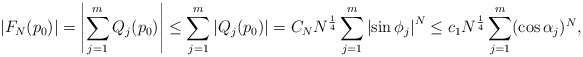
\begin{align*}|F_N(p_0)|=\left|\sum_{j=1}^mQ_j(p_0)\right|\le\sum_{j=1}^m\left|Q_j(p_0)\right|=C_NN^\frac14\sum_{j=1}^m\left|\sin\phi_j\right|^N\le c_1N^\frac14\sum_{j=1}^m(\cos\alpha_j)^N,\end{align*}